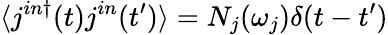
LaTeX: \langle j^{in\dagger}(t)j^{in}(t^{\prime})\rangle=N_{j}(\omega_{j})\delta(t-t^{\prime})